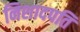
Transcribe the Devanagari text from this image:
निशादपति